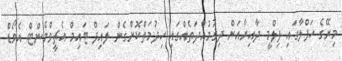
މިރޭގެ ހަފްލާގައި ފިލްމީ ދާއިރާއަށް ދިގުމުއްދަތެއްގައި ހިދުމަތްކޮށްގެން ލައިފް ޓައިމް އެޗީވްމެންޓް އެވޯޑް